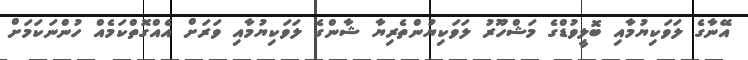
އޭނާގެ ލަވަކިޔުމާއި ބޮލީވުޑްގެ މަޝްހޫރު ލަވަކިޔުންތެރިޔާ ޝާންގެ ލަވަކިޔުމާއި ވަރަށް އެއްގޮތްކަމެއް ހުންނަކަމަށް